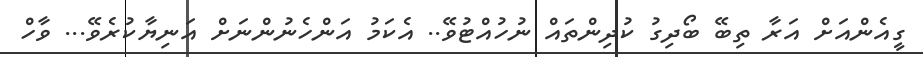
ގީއެންއަށް އަރާ ތިބޭ ބޯދިގު ކުދިންތައް ނުހުއްޓުވޭ.. އެކަމު އަންހެނުންނަށް އަނިޔާކުރެވޭ... ވާހް